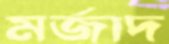
মর্জাদ